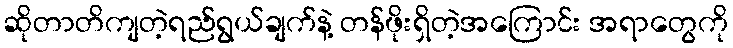
ဆိုတာတိကျတဲ့ရည်ရွယ်ချက်နဲ့ တန်ဖိုးရှိတဲ့အကြောင်း အရာတွေကို